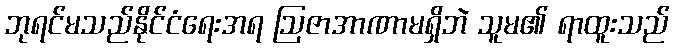
ဘုရင်မသည်နိုင်ငံရေးအရ ဩဇာအာဏာမရှိဘဲ သူမ၏ ရာထူးသည်